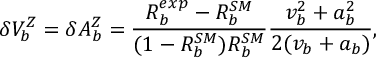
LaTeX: \delta V _ { b } ^ { Z } = \delta A _ { b } ^ { Z } = \frac { R _ { b } ^ { e x p } - R _ { b } ^ { S M } } { ( 1 - R _ { b } ^ { S M } ) R _ { b } ^ { S M } } \frac { v _ { b } ^ { 2 } + a _ { b } ^ { 2 } } { 2 ( v _ { b } + a _ { b } ) } ,